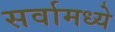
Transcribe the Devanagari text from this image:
सर्वामध्ये